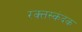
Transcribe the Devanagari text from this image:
रक्त्तस्कंदक